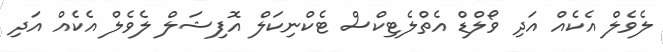
ލެވެލް އެކެއް އަދި ވޯލްޑް އެތްލެޓިކްސް ޓެކްނިކަލް އޮފިޝަލް ލެވެލް އެެކެއް އަދި